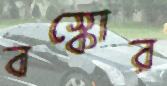
বস্কোর